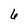
Character: 6